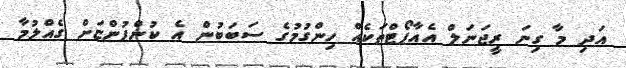
އަދި މާ ގިނަ ރީޖަނަލް އެއާޕޯޓްތަކެއް ހިންގުމުގެ ސަބަބުން އެ ކުންފުންޏަށް ގެއްލުމާ